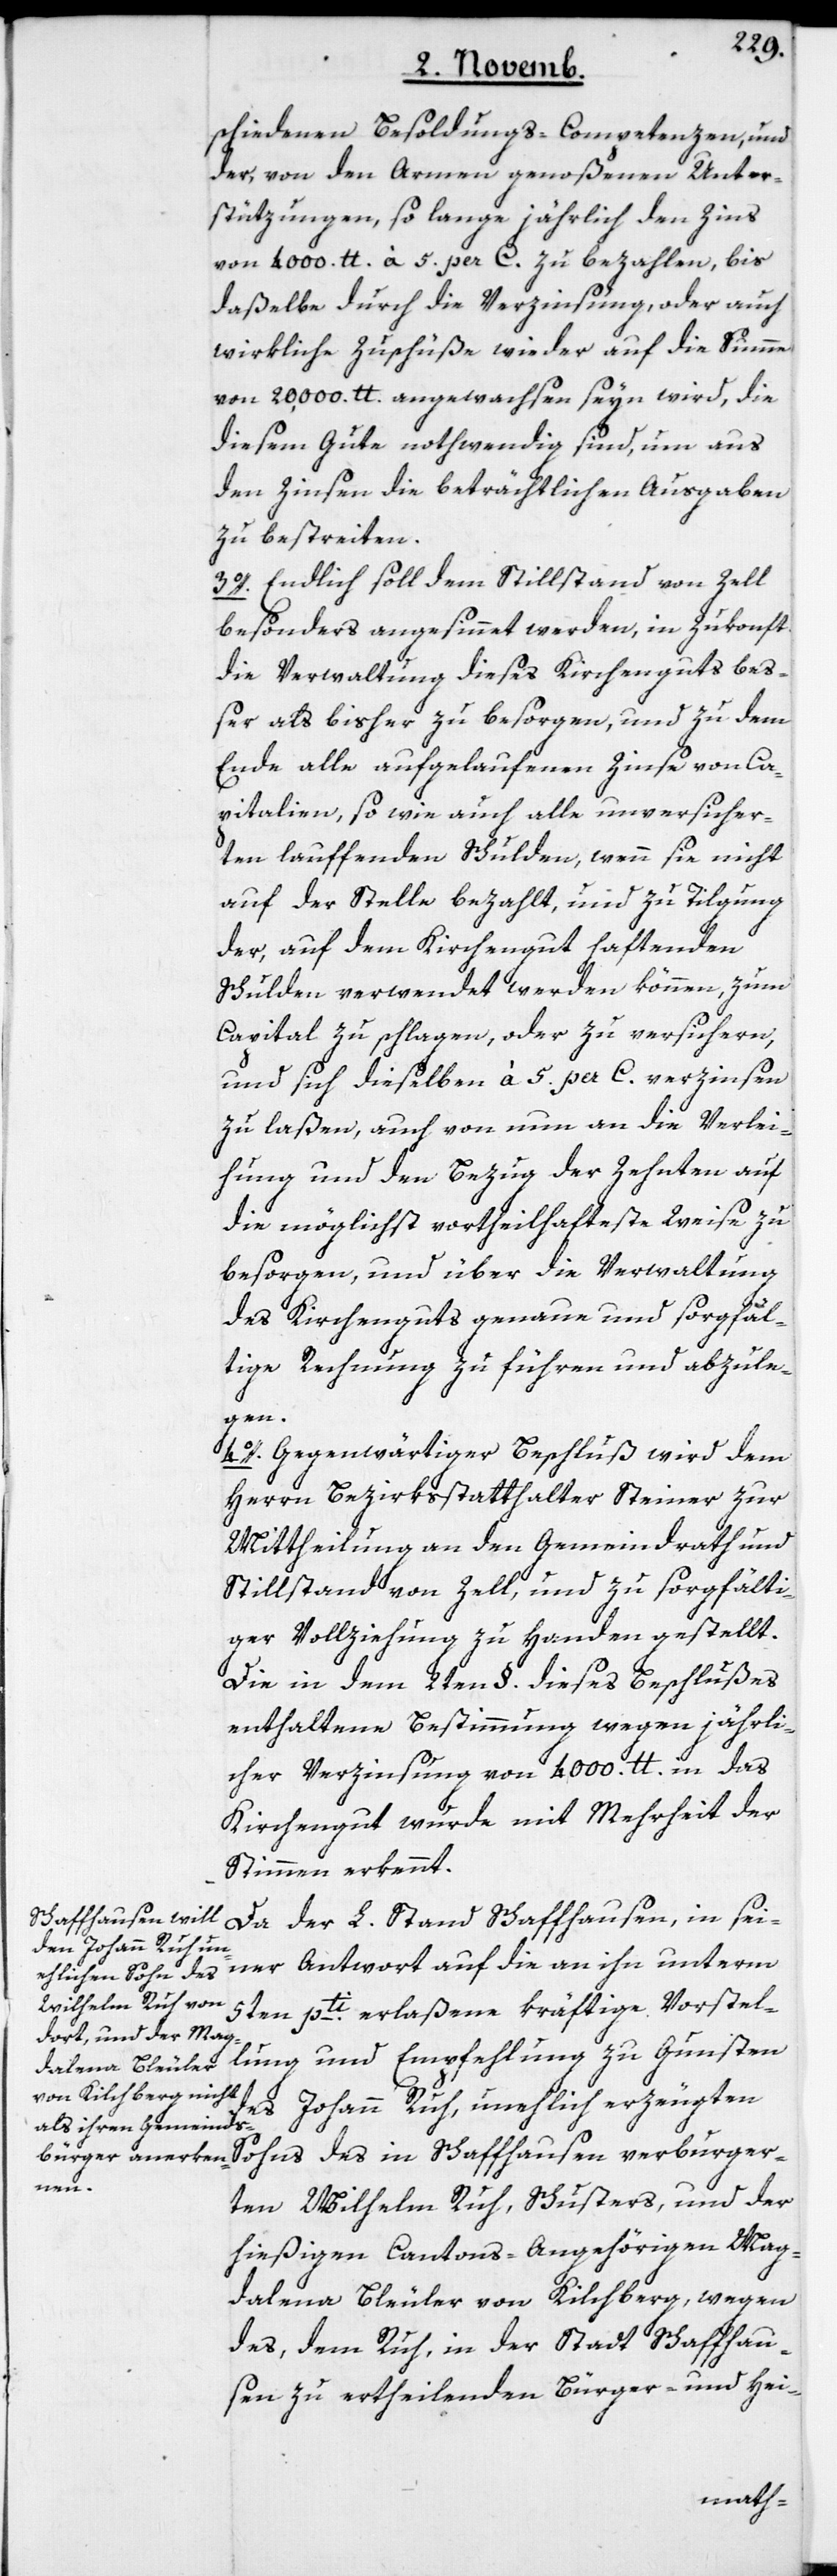
schiedenen Besoldungs-Competenzen, und
der, von den Armen genoßenen Unter¬
stützungen, so lange jährlich den Zins
von 4000. lb. à 5 per C. zu bezahlen, bis
daßelbe durch die Verzinsung, oder auch
wirkliche Zuschüße wieder auf die Summe
von 20,000 lb.angewachsen seyn wird, die
diesem Gute nothwendig sind, um aus
den Zinsen die beträchtlichen Ausgaben
zu bestreiten.
3o. Endlich soll dem Stillstand von Zell
besonders angesinnet werden, in Zukonft
die Verwaltung dieses Kirchenguts beß¬
er als bisher zu besorgen, und zu dem
Ende alle aufgelaufenen Zinse von Ca¬
pitalien, sowie auch alle unversicher¬
ten lauffenden Schulden, wenn sie nicht
auf der Stelle bezahlt, und zu Tilgung
der, auf dem Kirchengut haftenden
Schulden verwendet werden können, zum
Capital zu schlagen, oder zu versichern,
und sich dieselben à 5. per C. verzinsen
zu laßen, auch von nun an die Verlei¬
hung und den Bezug der Zehnten auf
die möglichst vortheilhafteste Weise zu
besorgen, und über die Verwaltung
des Kirchenguts genaue und sorgfäl¬
tige Rechnung zu führen und abzule¬
gen.
4o. Gegenwärtiger Beschluß wird dem
Herrn Bezirksstatthalter Steiner zur
Mittheilung an den Gemeindrath und
Stillstand von Zell, und zu sorgfälti¬
ger Vollziehung zu Handen gestellt.
Die in dem 2ten §. dieses Beschlußes
enthaltene Bestimmung wegen jährli¬
cher Verzinsung von 4000 lb.in das
Kirchengut wurde mit Mehrheit der
Stimmen erkennt.
Da der L. Stand Schaffhausen, in sei¬
ner Antwort auf die an ihn unterm
5ten pti. erlaßene kräftige Vorstel¬
lung und Empfehlung zu Gunsten
des Johann Ruh, unehlich erzeugten
Sohns des in Schaffhausen verburger¬
ten Wilhelm Ruh, Schusters, und der
hießigen Cantons-Angehörigen Mag¬
dalena Bleuler von Kilchberg, wegen
des, dem Ruh in der Stadt Schaffhau¬
sen zu ertheilenden Bürger- und Hei-